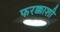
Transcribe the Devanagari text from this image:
फरक्काशी